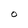
Character: O